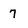
Character: 7